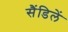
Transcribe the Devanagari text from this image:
सैंडिलें